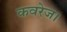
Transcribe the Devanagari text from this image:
कवरेज।